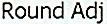
ROUND ADJ